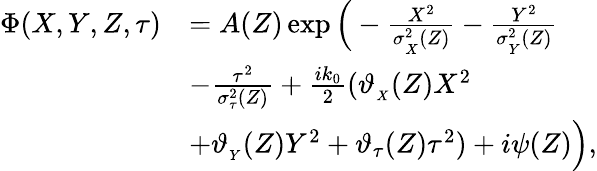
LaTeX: \begin{array}{rl}{\Phi(X,Y,Z,\tau)}&{=A(Z)\exp\Big(-\frac{X^{2}}{\sigma_{_X}^{2}(Z)}-\frac{Y^{2}}{\sigma_{_Y}^{2}(Z)}}\\ &{-\frac{\tau^{2}}{\sigma_{\tau}^{2}(Z)}+\frac{ik_{0}}{2}(\vartheta_{_{X}}(Z)X^{2}}\\ &{+\vartheta_{_{Y}}(Z)Y^{2}+\vartheta_{\tau}(Z)\tau^{2})+i\psi(Z)\Big),}\end{array}